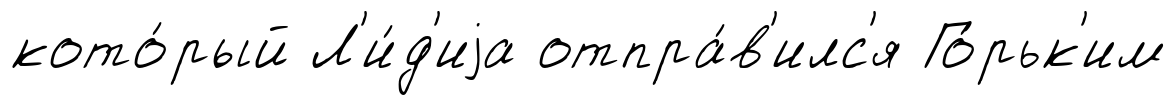
кото́рый Л'и́д'иjа отпра́в'илс'я Го́рьк'им